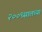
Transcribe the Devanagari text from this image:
२००९सालच्या